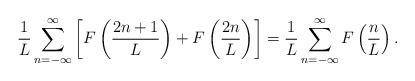
LaTeX: \begin{align*}\frac{1}{L} \sum_{n=-\infty }^{\infty } \left[ F \left( \frac{2n+1}{L}\right) + F \left( \frac{2n}{L} \right) \right] = \frac{1}{L}\sum_{n=-\infty}^{\infty } F \left( \frac{n}{L} \right).\end{align*}